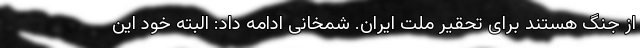
از جنگ هستند برای تحقیر ملت ایران. شمخانی ادامه داد: البته خود این